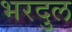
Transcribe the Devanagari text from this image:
भरदुल